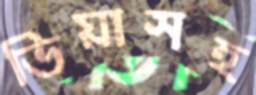
ভিয়াসহ